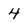
Character: 4